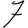
Digit: 7